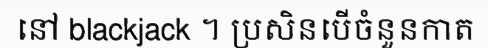
នៅ blackjack ។ ប្រសិនបើចំនួនកាត